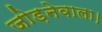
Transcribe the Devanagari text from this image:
जोड़नेवाला।